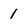
Character: 1